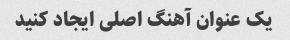
یک عنوان آهنگ اصلی ایجاد کنید